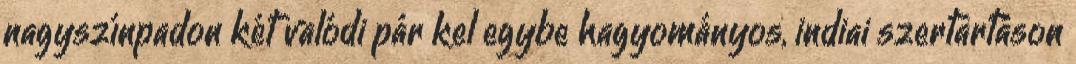
nagyszínpadon két valódi pár kel egybe hagyományos, indiai szertartáson